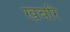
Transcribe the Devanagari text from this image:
खबरि